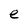
Character: e